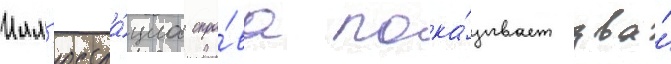
Илл'юстра́циа спра́ва пока́зывает два́